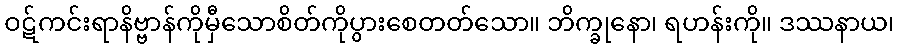
ဝဋ်ကင်းရာနိဗ္ဗာန်ကိုမှီသောစိတ်ကိုပွားစေတတ်သော။ ဘိက္ခုနော၊ ရဟန်းကို။ ဒဿနာယ၊